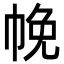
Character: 㡈